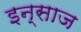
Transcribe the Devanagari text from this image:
इन्साज